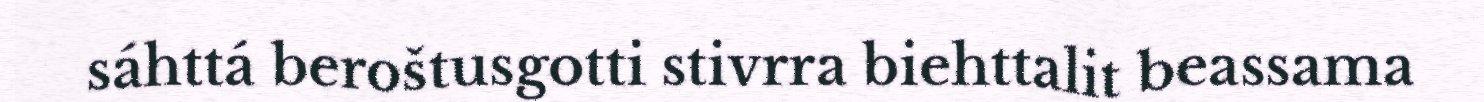
sáhttá beroštusgotti stivrra biehttalit beassama